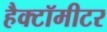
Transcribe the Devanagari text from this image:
हैक्टॉमीटर